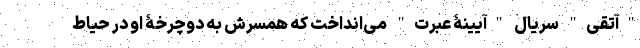
"آتقی" سریال "آیینۀ عبرت" می‌انداخت که همسرش به دوچرخۀ او در حیاط